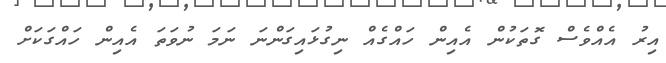
އިރު އެއްވެސް ގޮތަކުން އެއިން ހައްގެއް ނިގުޅައިގަންނަ ނަމަ ނުވަތަ އެއިން ހައްގަކަށް